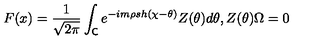
F ( x ) = \frac { 1 } { \sqrt { 2 \pi } } \int _ { \mathsf { C } } e ^ { - i m \rho s h ( \chi - \theta ) } Z ( \theta ) d \theta , Z ( \theta ) \Omega = 0 \,